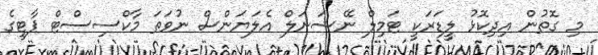
މި ގޮތުން އިދިކޮޅު ލީޑަރަކީ ޓަމިލް ނޭޝަނަލް އެލަޔަންސް ނުވަތަ މާކްސިސްޓް ޕާޓީގެ